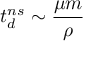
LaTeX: t _ { d } ^ { n s } \sim \frac { \mu m } { \rho }